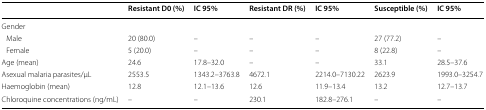
|  | Resistant D0 (%) | IC 95% | Resistant DR (%) | IC 95% | Susceptible (%) | IC 95% |
 | --- | --- | --- | --- | --- | --- | --- |
 | <COLSPAN=7> Gender |
 | Male | 20 (80.0) | – | – | – | 27 (77.2) | – |
 | Female | 5 (20.0) | – | – | – | 8 (22.8) | – |
 | Age (mean) | 24.6 | 17.8–32.0 | – | – | 33.1 | 28.5–37.6 |
 | Asexual malaria parasites/μL | 2553.5 | 1343.2–3763.8 | 4672.1 | 2214.0–7130.22 | 2623.9 | 1993.0–3254.7 |
 | Haemoglobin (mean) | 12.8 | 12.1–13.6 | 12.6 | 11.9–13.4 | 13.2 | 12.7–13.7 |
 | Chloroquine concentrations (ng/mL) | – | – | 230.1 | 182.8–276.1 | – | – |